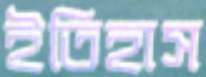
ইতিহাস